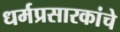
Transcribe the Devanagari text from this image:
धर्मप्रसारकांचे